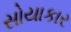
સોયાકાર